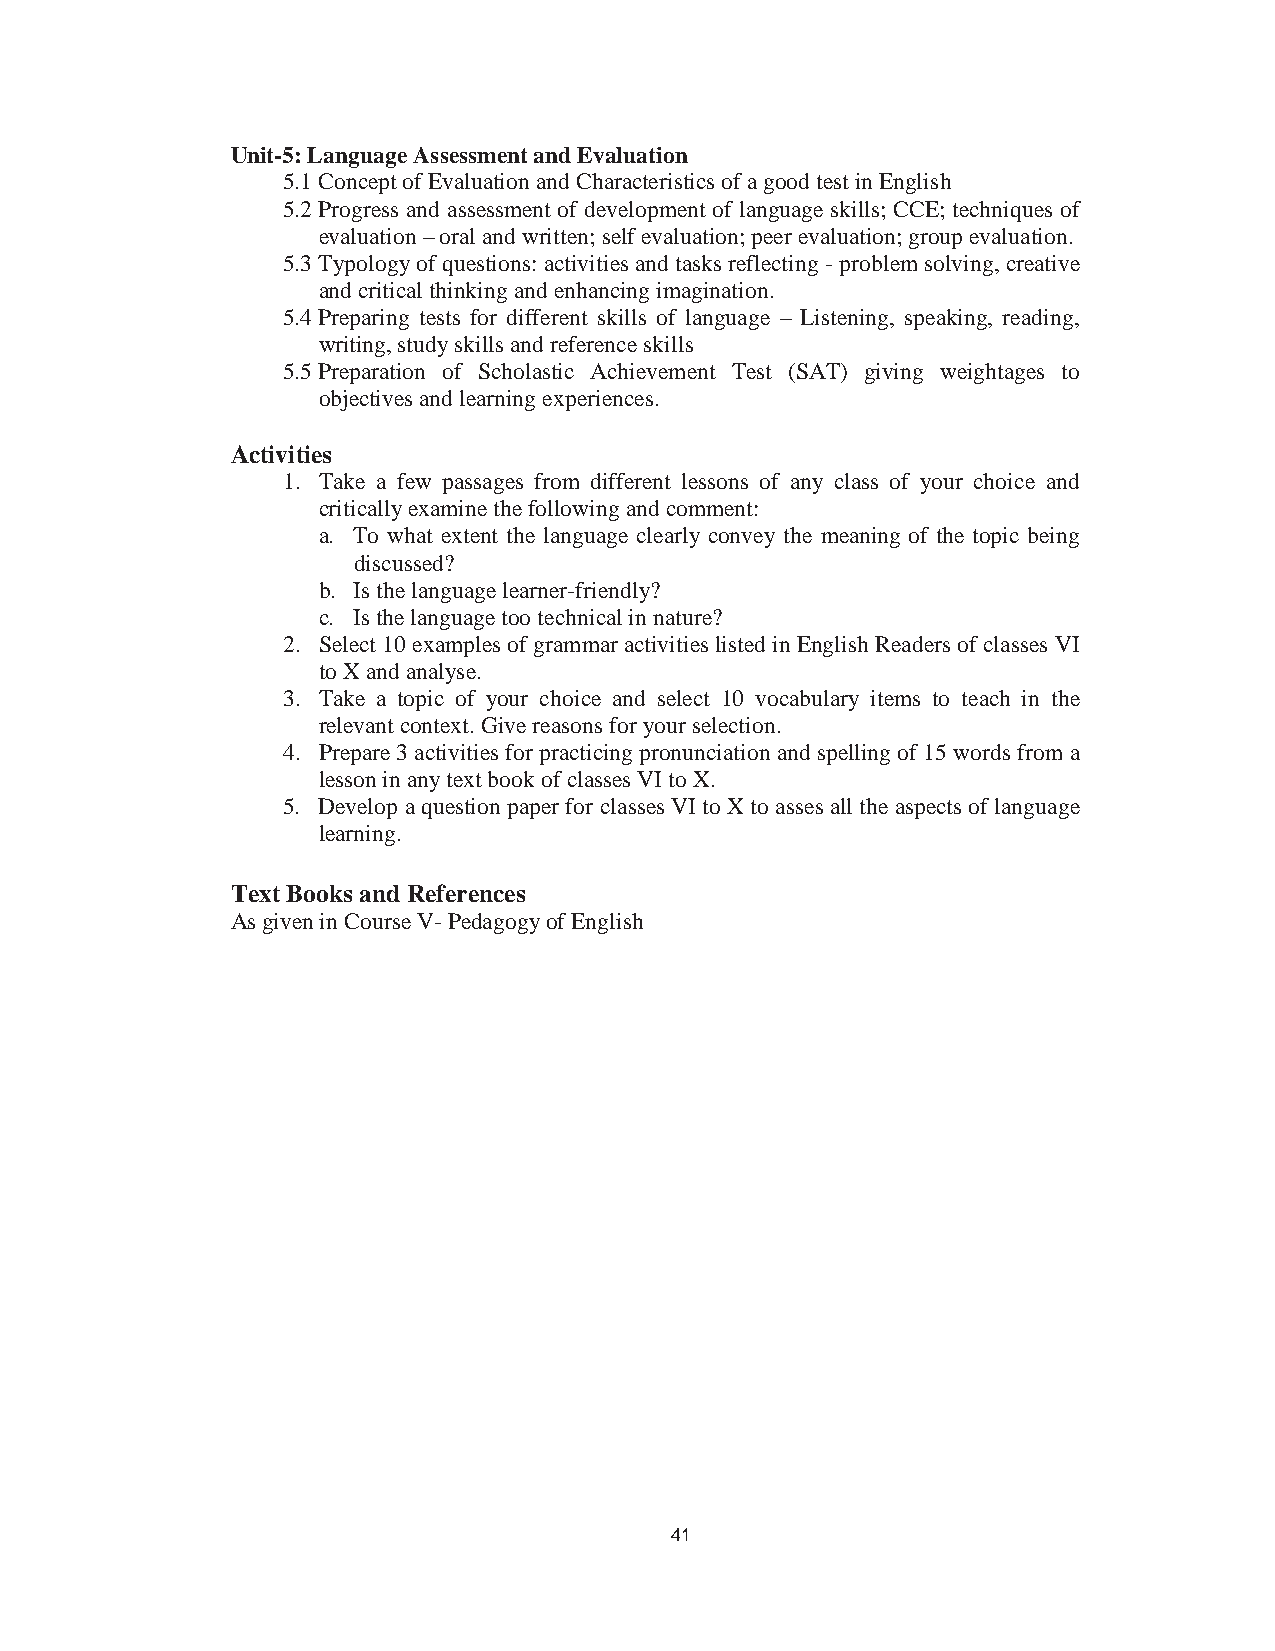
47
 Unit-5: Language Assessment and Evaluation
 5.1Concept of Evaluation and Characteristics of a good test in English
 5.2Progress and assessment of development of language skills; CCE; techniques of
 evaluation– oral and written; self evaluation; peer evaluation; group evaluation.
 5.3Typology of questions: activities and tasks reflecting - problem solving, creative
 and critical thinking and enhancing imagination.
 5.4Preparing tests for different skills of language – Listening, speaking, reading,
 writing, study skills and reference skills
 5.5Preparation of Scholastic Achievement Test (SAT) giving weightages to
 objectives and learning experiences.
 Activities
 1. Take a few passages from different lessons of any class of your choice and
 critically examine the following and comment:
 a. To what extent the language clearly convey the meaning of the topic being
 discussed?
 b. Is the language learner-friendly?
 c. Is the language too technical in nature?
 2. Select 10 examples of grammar activities listed in English Readers of classes VI
 to X and analyse.
 3. Take a topic of your choice and select 10 vocabulary items to teach in the
 relevant context. Give reasons for your selection.
 4. Prepare 3 activities for practicing pronunciation and spelling of 15 words from a
 lesson in any text book of classes VI to X.
 5. Develop a question paper for classes VI to X to asses all the aspects of language
 learning.
 Text Books and References
 As given in Course V- Pedagogy of English
 41